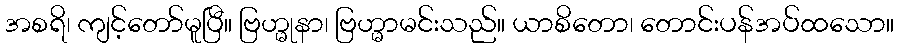
အစရိ၊ ကျင့်တော်မူပြီ။ ဗြဟ္မုနာ၊ ဗြဟ္မာမင်းသည်။ ယာစိတော၊ တောင်းပန်အပ်ထသော။